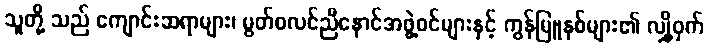
သူတို့ သည် ကျောင်းဆရာများ၊ မွတ်စလင်ညီနောင်အဖွဲ့ဝင်များနှင့် ကွန်မြူနစ်များ၏ လျှို့ဝှက်